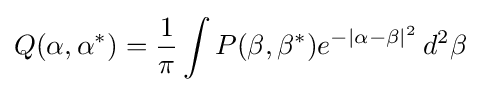
Q(\alpha ,\alpha ^{*})={\frac {1}{\pi }}\int P(\beta ,\beta ^{*})e^{-|\alpha -\beta |^{2}}\,d^{2}\beta